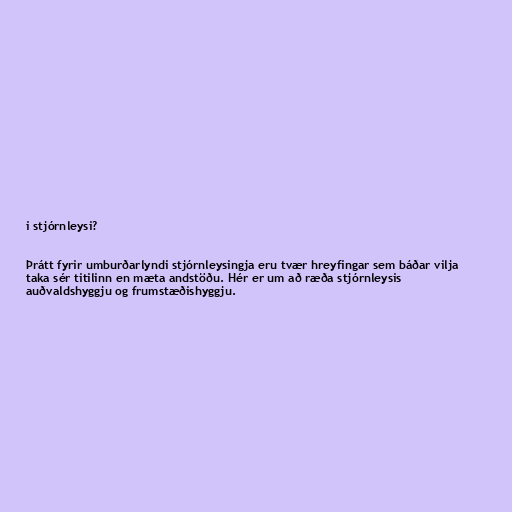
i stjórnleysi?

Þrátt fyrir umburðarlyndi stjórnleysingja eru tvær hreyfingar sem báðar vilja
taka sér titilinn en mæta andstöðu. Hér er um að ræða stjórnleysis
auðvaldshyggju og frumstæðishyggju.